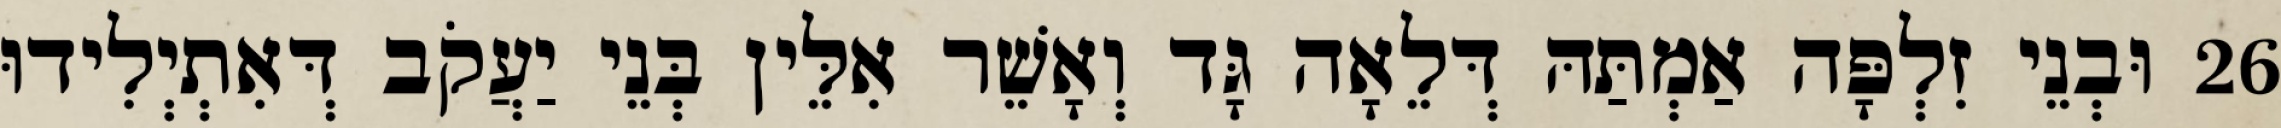
26 וּבְנֵי זִלְפָּה אַמְתַּהּ דְּלֵאָה גָּד וְאָשֵׁר אִלֵּין בְּנֵי יַעֲקֹב דְּאִתְיְלִידוּ